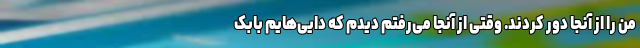
من را از آنجا دور کردند. وقتی از آنجا می‌رفتم دیدم که دایی‌هایم بابک